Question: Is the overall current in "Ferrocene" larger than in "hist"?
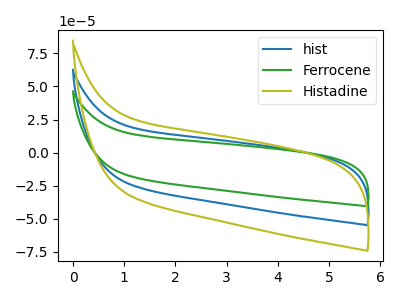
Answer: <think>The blue curve "hist" has no peaks. The green curve "Ferrocene" has no peaks. The olive curve "Histadine" has no peaks.
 Neither "Ferrocene" or "hist" have any peaks.</think>
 <answer>I cant tell if "Ferrocene" or "hist" has more signal.</answer>
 <eval>mixed_signal</eval>